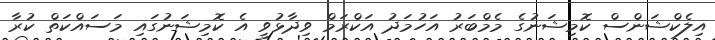
އިލެކްޝަންސް ކޮމިޝަނުގެ މެމްބަރު އަހުމަދު އަކްރަމް ވިދާޅުވީ އެ ކޮމިޝަނުގައި މަސައްކަތް ކުރާ